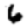
Digit: 6